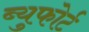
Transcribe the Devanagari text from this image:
ब्युफोर्ट